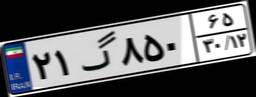
۲۱گ۸۵۰۶۵